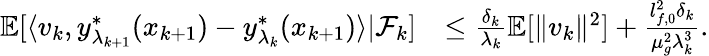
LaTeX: \begin{array}{rl}{\mathbb{E}[\langle v_{k},y_{\lambda_{k+1}}^{*}(x_{k+1})-y_{\lambda_{k}}^{*}(x_{k+1})\rangle|\mathcal{F}_{k}]}&{\le\frac{\delta_{k}}{\lambda_{k}}\mathbb{E}[\| v_{k}\| ^{2}]+\frac{l_{f,0}^{2}\delta_{k}}{\mu_{g}^{2}\lambda_{k}^{3}}.}\end{array}